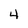
Character: 4